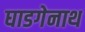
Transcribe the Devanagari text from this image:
घाडगेनाथ